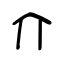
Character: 介